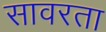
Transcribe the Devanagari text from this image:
सावरता